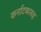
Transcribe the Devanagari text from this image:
कर्नाटकासह